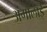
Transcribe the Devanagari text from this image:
अंगोलाई